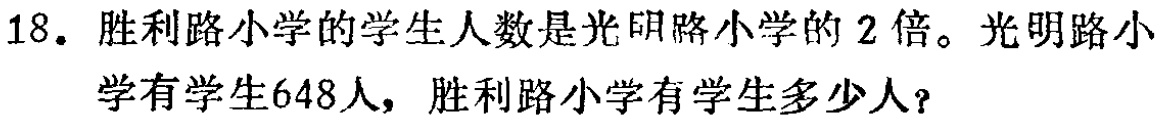
18. 胜利路小学的学生人数是光明路小学的 2 倍。光明路小学有学生648人，胜利路小学有学生多少人？